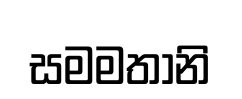
සමමතානි